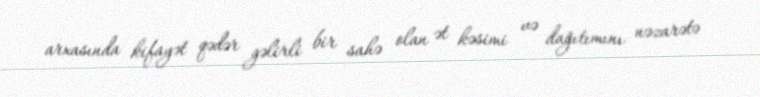
arxasında kifayət qədər gəlirli bir sahə olan ət kəsimi və dağıtımını nəzarətə